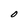
Character: O